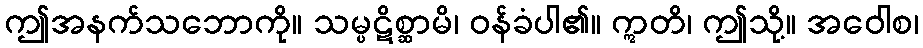
ဤအနက်သဘောကို။ သမ္ပဋိစ္ဆာမိ၊ ဝန်ခံပါ၏။ ဣတိ၊ ဤသို့။ အဝေါစ၊